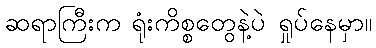
ဆရာကြီးက ရုံးကိစ္စတွေနဲ့ပဲ ရှုပ်နေမှာ။